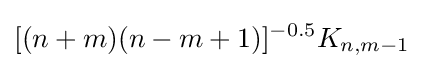
[(n+m)(n-m+1)]^{-0.5}K_{n,m-1}